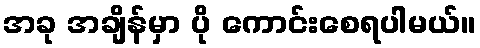
အခု အချိန်မှာ ပို ကောင်းစေရပါမယ်။